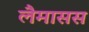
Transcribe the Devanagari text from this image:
लैमासस